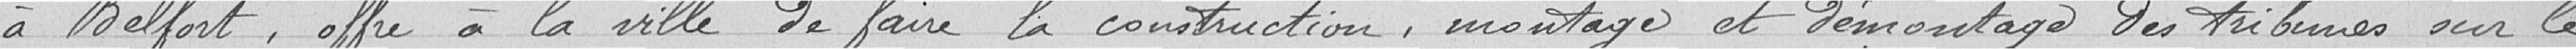
à Belfort, offre à la ville de faire la construction, montage et démontage des tribunes sur le